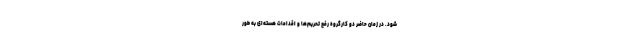
شود. در زمان حاضر دو کارگروه رفع تحریم‌ها و اقدامات هسته‌ای به طور